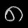
Digit: ၈